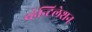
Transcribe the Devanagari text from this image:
व्हेन्टिलेशन